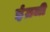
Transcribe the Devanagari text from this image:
इंंग्रजी